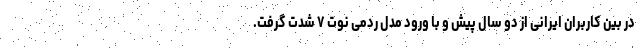
در بین کاربران ایرانی از دو سال پیش و با ورود مدل ردمی نوت ۷ شدت گرفت.